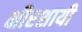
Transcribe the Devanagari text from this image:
क्षीरशायी